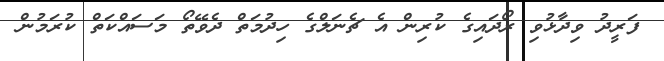
ފަރީދު ވިދާޅުވި ރޯދައިގެ ކުރިން އެ ޗެނަލްގެ ހިދުމަތް ދެވޭތޯ މަސައްކަތް ކުރަމުން